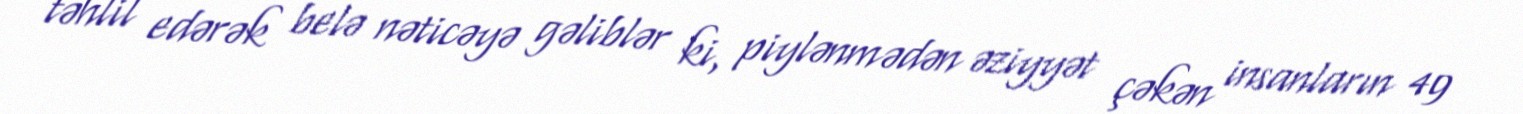
təhlil edərək belə nəticəyə gəliblər ki, piylənmədən əziyyət çəkən insanların 49